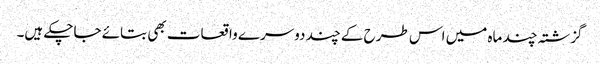
گزشتہ چند ماہ میں اس طرح کے چند دوسرے واقعات بھی بتائے جاچکے ہیں۔